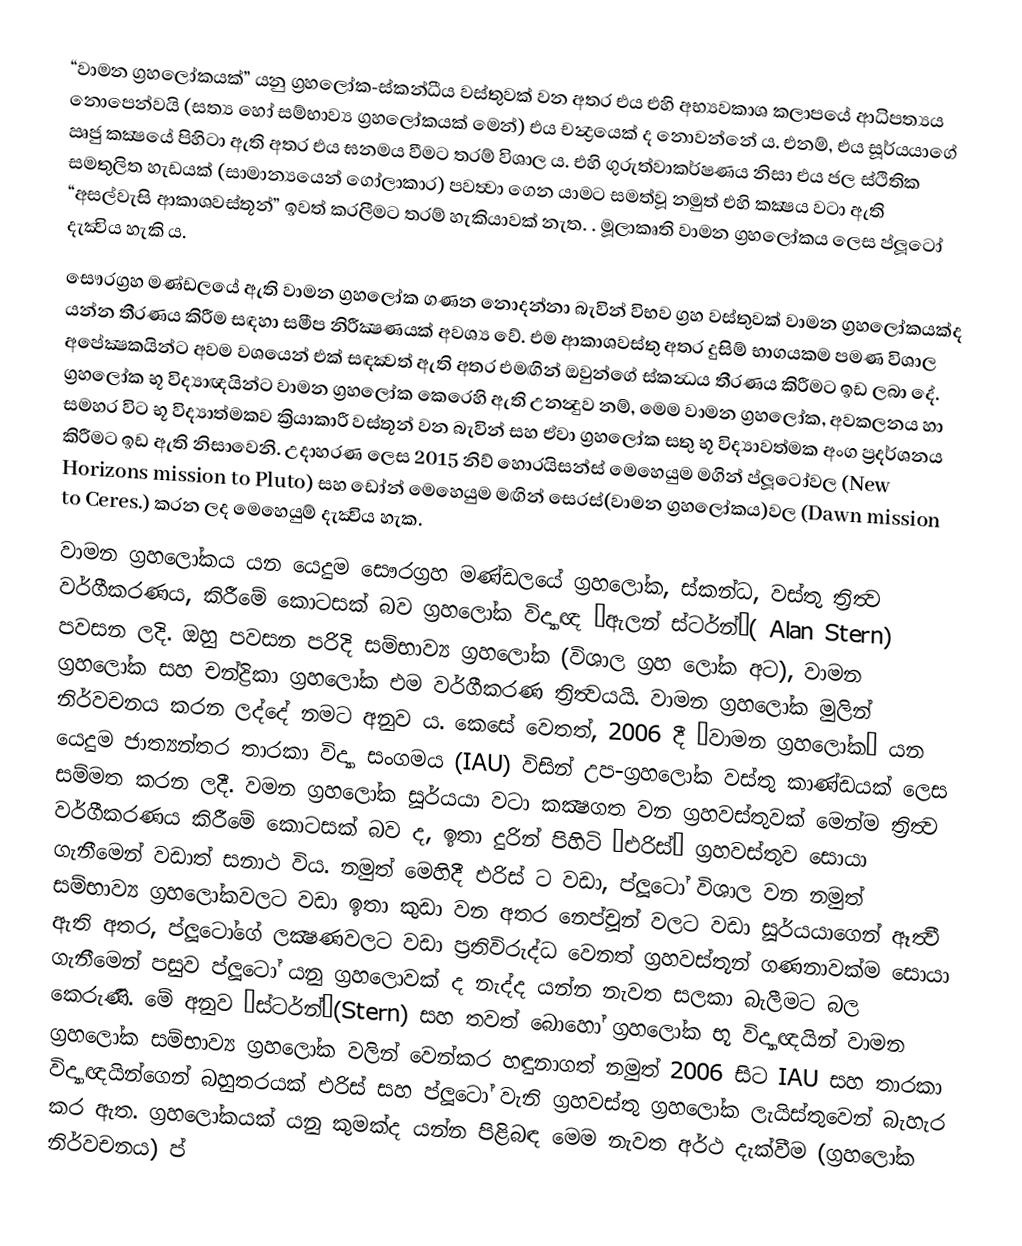
“වාමන ග්‍රහලෝකයක්” යනු ග්‍රහලෝක-ස්කන්ධීය වස්තුවක් වන අතර එය එහි අභ්‍යවකාශ කලාපයේ ආධිපත්‍යය නොපෙන්වයි (සත්‍ය හෝ සම්භාව්‍ය ග්‍රහලෝකයක් මෙන්) එය චන්‍ද්‍රයෙක් ද නොවන්නේ ය. එනම්, එය සූර්යයාගේ ඍජු කක්‍ෂයේ පිහිටා ඇති අතර එය ඝනමය වීමට තරම් විශාල ය. එහි ගුරුත්වාකර්ෂණය නිසා එය ජල ස්ථිතික සමතුලිත හැඩයක් (සාමාන්‍යයෙන් ගෝලාකාර) පවත්‍වා ගෙන යාමට සමත්වූ නමුත් එහි කක්‍ෂය වටා ඇති “අසල්වැසි ආකාශවස්තූන්” ඉවත් කරලීමට තරම් හැකියාවක් නැත. .  මූලාකෘති වාමන ග්‍රහලෝකය ලෙස ප්ලූටෝ දැක්‍විය හැකි ය.
සෞරග්‍රහ මණ්ඩලයේ ඇති වාමන ග්‍රහලෝක ගණන නොදන්නා බැවින් විභව ග්‍රහ වස්තුවක් වාමන ග්‍රහලෝකයක්ද යන්න තීරණය කිරීම සඳහා සමීප නිරීක්‍ෂණයක් අවශ්‍ය වේ. එම ආකාශවස්තු අතර දුසිම් භාගයකම පමණ විශාල අපේක්‍ෂකයින්ට අවම වශයෙන් එක් සඳක්‍වත් ඇති අතර එමඟින් ඔවුන්ගේ ස්කන්‍ධය තීරණය කිරීමට ඉඩ ලබා දේ. ග්‍රහලෝක භූ විද්‍යාඥයින්ට වාමන ග්‍රහලෝක කෙරෙහි ඇති උනන්‍දුව නම්, මෙම වාමන ග්‍රහලෝක, අවකලනය හා සමහර විට භූ විද්‍යාත්මකව ක්‍රියාකාරී වස්තූන් වන බැවින් සහ ඒවා ග්‍රහලෝක සතු භූ විද්‍යාවත්මක අංග ප්‍රදර්ශනය කිරීමට ඉඩ ඇති නිසාවෙනි. උදාහරණ ලෙස 2015 නිව් හොරයිසන්ස් මෙහෙයුම මගින් ප්ලූටෝවල (New Horizons mission to Pluto) සහ ඩෝන් මෙහෙයුම මඟින් සෙරස්(වාමන ග්‍රහලෝකය)වල (Dawn mission to Ceres.)  කරන ලද මෙහෙයුම් දැක්‍විය හැක.
වාමන ග්‍රහලෝකය යන යෙදුම සෞරග්‍රහ මණ්ඩලයේ ග්‍රහලෝක, ස්කන්ධ, වස්තු ත්‍රිත්‍ව වර්ගීකරණය, කිරීමේ කොටසක් බව ග්‍රහලෝක විද්‍යාඥ “ඇලන් ස්ටර්න්”( Alan Stern)  පවසන ලදි. ඔහු පවසන පරිදි සම්භාව්‍ය ග්‍රහලෝක (විශාල ග්‍රහ ලෝක අට), වාමන ග්‍රහලෝක සහ චන්ද්‍රිකා ග්‍රහලෝක එම වර්ගීකරණ ත්‍රිත්‍වයයි. වාමන ග්‍රහලෝක මුලින් නිර්වචනය කරන ලද්දේ නමට අනුව ය. කෙසේ වෙතත්, 2006 දී “වාමන ග්‍රහලෝක” යන යෙදුම ජාත්‍යන්තර තාරකා විද්‍යා සංගමය (IAU) විසින් උප-ග්‍රහලෝක වස්තු කාණ්ඩයක් ලෙස සම්මත කරන ලදී. වමන ග්‍රහලෝක සූර්යයා වටා කක්‍ෂගත වන ග්‍රහවස්තුවක් මෙන්ම ත්‍රිත්‍ව වර්ගීකරණය කිරීමේ කොටසක් බව  ද, ඉතා දුරින් පිහිටි “එරිස්” ග්‍රහවස්තුව සොයා ගැනීමෙන් වඩාත් සනාථ විය. නමුත් මෙහිදී එරිස් ට වඩා, ප්ලූටෝ විශාල වන නමුත් සම්භාව්‍ය ග්‍රහලෝකවලට වඩා ඉතා කුඩා වන අතර නෙප්චූන් වලට වඩා සූර්යයාගෙන් ඈත්‍වී ඇති අතර, ප්ලූටෝගේ ලක්‍ෂණවලට වඩා ප්‍රතිවිරුද්ධ වෙනත් ග්‍රහවස්තූන් ගණනාවක්ම සොයා ගැනීමෙන් පසුව ප්ලූටෝ යනු ග්‍රහලොවක් ද නැද්ද යන්න නැවත සලකා බැලීමට බල කෙරුණි.  මේ අනුව “ස්ටර්න්”(Stern) සහ තවත් බොහෝ ග්‍රහලෝක භූ විද්‍යාඥයින් වාමන ග්‍රහලෝක සම්භාව්‍ය ග්‍රහලෝක වලින් වෙන්කර හඳුනාගත් නමුත් 2006 සිට IAU සහ තාරකා විද්‍යාඥයින්ගෙන් බහුතරයක් එරිස් සහ ප්ලූටෝ වැනි ග්‍රහවස්තු ග්‍රහලෝක ලැයිස්තුවෙන් බැහැර කර ඇත. ග්‍රහලෝකයක් යනු කුමක්ද යන්න පිළිබඳ මෙම නැවත අර්ථ දැක්වීම (ග්‍රහලෝක නිර්වචනය) ප්